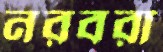
নরবরা